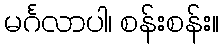
မင်္ဂလာပါ၊ စန်းစန်း။